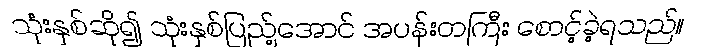
သုံးနှစ်ဆို၍ သုံးနှစ်ပြည့်အောင် အပန်းတကြီး စောင့်ခဲ့ရသည်။